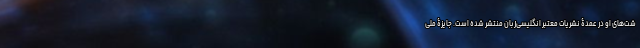
شت‌های او در عمدۀ نشریات معتبر انگلیسی‌زبان منتشر شده است. جایزۀ ملی